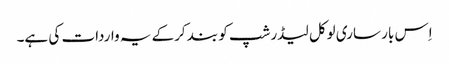
اِس بار ساری لوکل لیڈرشپ کو بند کرکے یہ واردات کی ہے۔